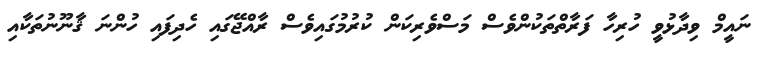
ނައީމް ވިދާޅުވީ ހުރިހާ ފަރާތްތަކުންވެސް މަސްވެރިކަން ކުރުމުގައިވެސް ރާއްޖޭގައި ހެދިފައި ހުންނަ ޤާނޫނުތަކާއި